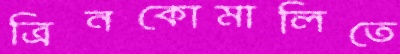
ত্রিনকোমালিতে